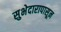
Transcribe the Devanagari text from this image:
सुभेदारापासून